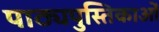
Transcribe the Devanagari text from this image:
पाठ्यपुस्तिकाओं